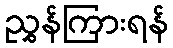
ညွှန်ကြားရန်